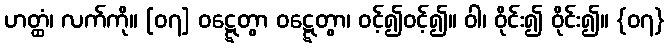
ဟတ္ထံ၊ လက်ကို။ [၀၇] ဝဋ္ဋေတွာ ဝဋ္ဋေတွာ၊ ဝင့်၍ဝင့်၍။ ဝါ၊ ဝိုင်း၍ ဝိုင်း၍။ {၀၇}